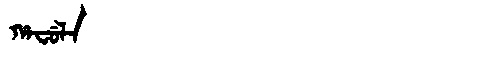
Manchu: ᡥᠠᠸᡠᠯᠠ
Romanization: HAFULA